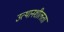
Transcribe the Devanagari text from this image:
उत्थानशीलता